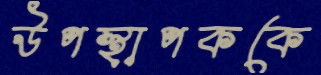
উপস্থাপককে